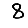
Digit: 8